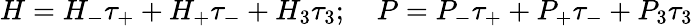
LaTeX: H=H_{-}\tau_{+}+H_{+}\tau_{-}+H_{3}\tau_{3};\quad P=P_{-}\tau_{+}+P_{+}\tau_{-}+P_{3}\tau_{3}